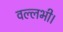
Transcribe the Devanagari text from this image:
वल्लभी।